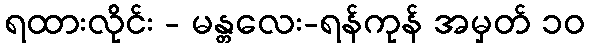
ရထားလိုင်း - မန္တလေး-ရန်ကုန် အမှတ် ၁၀